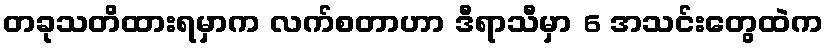
တခုသတိထားရမှာက လက်စတာဟာ ဒီရာသီမှာ 6 အသင်းတွေထဲက